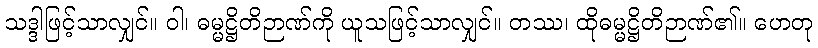
သဒ္ဒါဖြင့်သာလျှင်။ ဝါ၊ ဓမ္မဋ္ဌိတိဉာဏ်ကို ယူသဖြင့်သာလျှင်။ တဿ၊ ထိုဓမ္မဋ္ဌိတိဉာဏ်၏။ ဟေတု